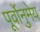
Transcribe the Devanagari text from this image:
पूर्वोनुमेय